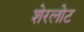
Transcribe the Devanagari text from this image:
शेरलोट